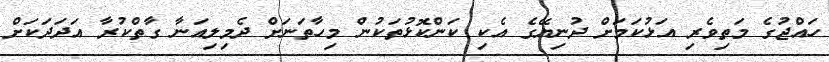
ހައްޖުގެ މަތިވެރި އަޅުކަމަށް ދުނިޔޭގެ އެކި ކަންކޮޅުތަކުން މިހާތަނަށް ދެމިލިއަނާ ގާތްކުރާ އަދަދަކަށް